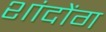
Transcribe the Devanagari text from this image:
शांदोंग